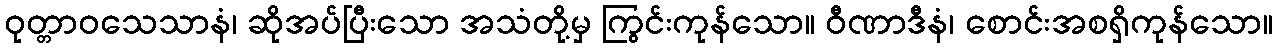
ဝုတ္တာဝသေသာနံ၊ ဆိုအပ်ပြီးသော အသံတို့မှ ကြွင်းကုန်သော။ ဝီဏာဒီနံ၊ စောင်းအစရှိကုန်သော။